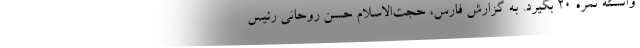
وانسته نمره ۲۰ بگیرد. به گزارش فارس،‌ حجت‌الاسلام حسن روحانی رئیس